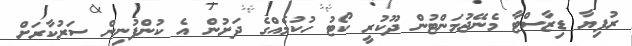
ރުފިޔާ ޑިޒާސްޓާ މެނޭޖުމަންޓުން ދޫކުރީ ކޯޓު ހުކުމެއްގެ ދަށުން އެ ކުންފުނިން ސަރުކާރަށް